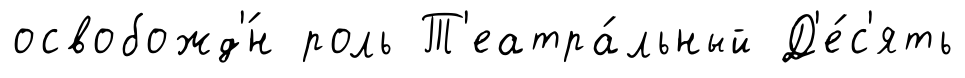
освобожд'́н роль Т'еатра́льный Д'е́с'ять